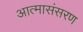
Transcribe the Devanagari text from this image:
आत्मासंसरण